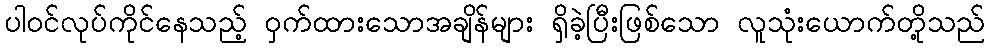
ပါဝင်လုပ်ကိုင်နေသည့် ဝှက်ထားသောအချိန်များ ရှိခဲ့ပြီးဖြစ်သော လူသုံးယောက်တို့သည်